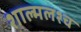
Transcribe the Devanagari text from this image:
शाल्मलश्च